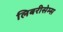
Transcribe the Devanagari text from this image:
लिबरीसेम्स